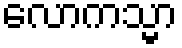
လောကသ္မာ